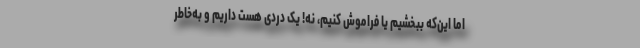
اما این‌که ببخشیم یا فراموش کنیم، نه! یک دردی هست داریم و به‌خاطر